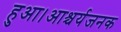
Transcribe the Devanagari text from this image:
हुआ।आश्चर्यजनक